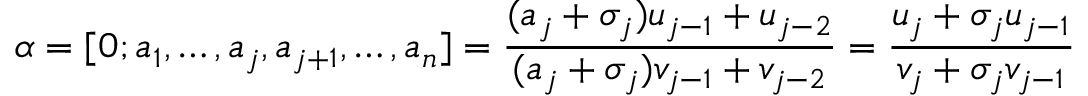
\alpha = [ 0 ; a _ { 1 } , \ldots , a _ { j } , a _ { j + 1 } , \ldots , a _ { n } ] = \frac { ( a _ { j } + \sigma _ { j } ) u _ { j - 1 } + u _ { j - 2 } } { ( a _ { j } + \sigma _ { j } ) v _ { j - 1 } + v _ { j - 2 } } = \frac { u _ { j } + \sigma _ { j } u _ { j - 1 } } { v _ { j } + \sigma _ { j } v _ { j - 1 } }